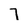
Character: 7